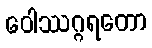
ဝေါဿဂ္ဂရတော